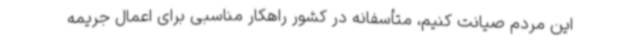
این مردم صیانت کنیم، متأسفانه در کشور راهکار مناسبی برای اعمال جریمه